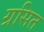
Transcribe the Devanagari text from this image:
ग्रसित